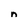
Character: n